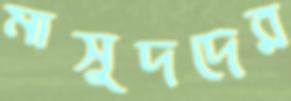
মাসুদদের